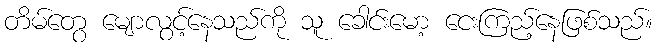
တိမ်တွေ မျောလွင့်နေသည်ကို သူ ခေါင်းမော့ ငေးကြည့်နေဖြစ်သည်။